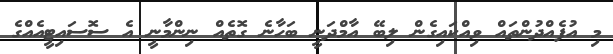
މި އުފެއްދުންތައް ވިއްކައިގެން ލިބޭ އާމްދަނީ ބަހާނެ ގޮތެއް ނިންމާނީ އެ ސޮސައިޓީއެއްގެ